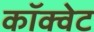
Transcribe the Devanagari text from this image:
कॉक्वेट